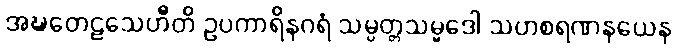
အဍ္ဎတေဠသေဟီတိ ဥပကာရိနဂရံ သမ္ပတ္တသမ္မဒေါ သဟစရဏနယေန